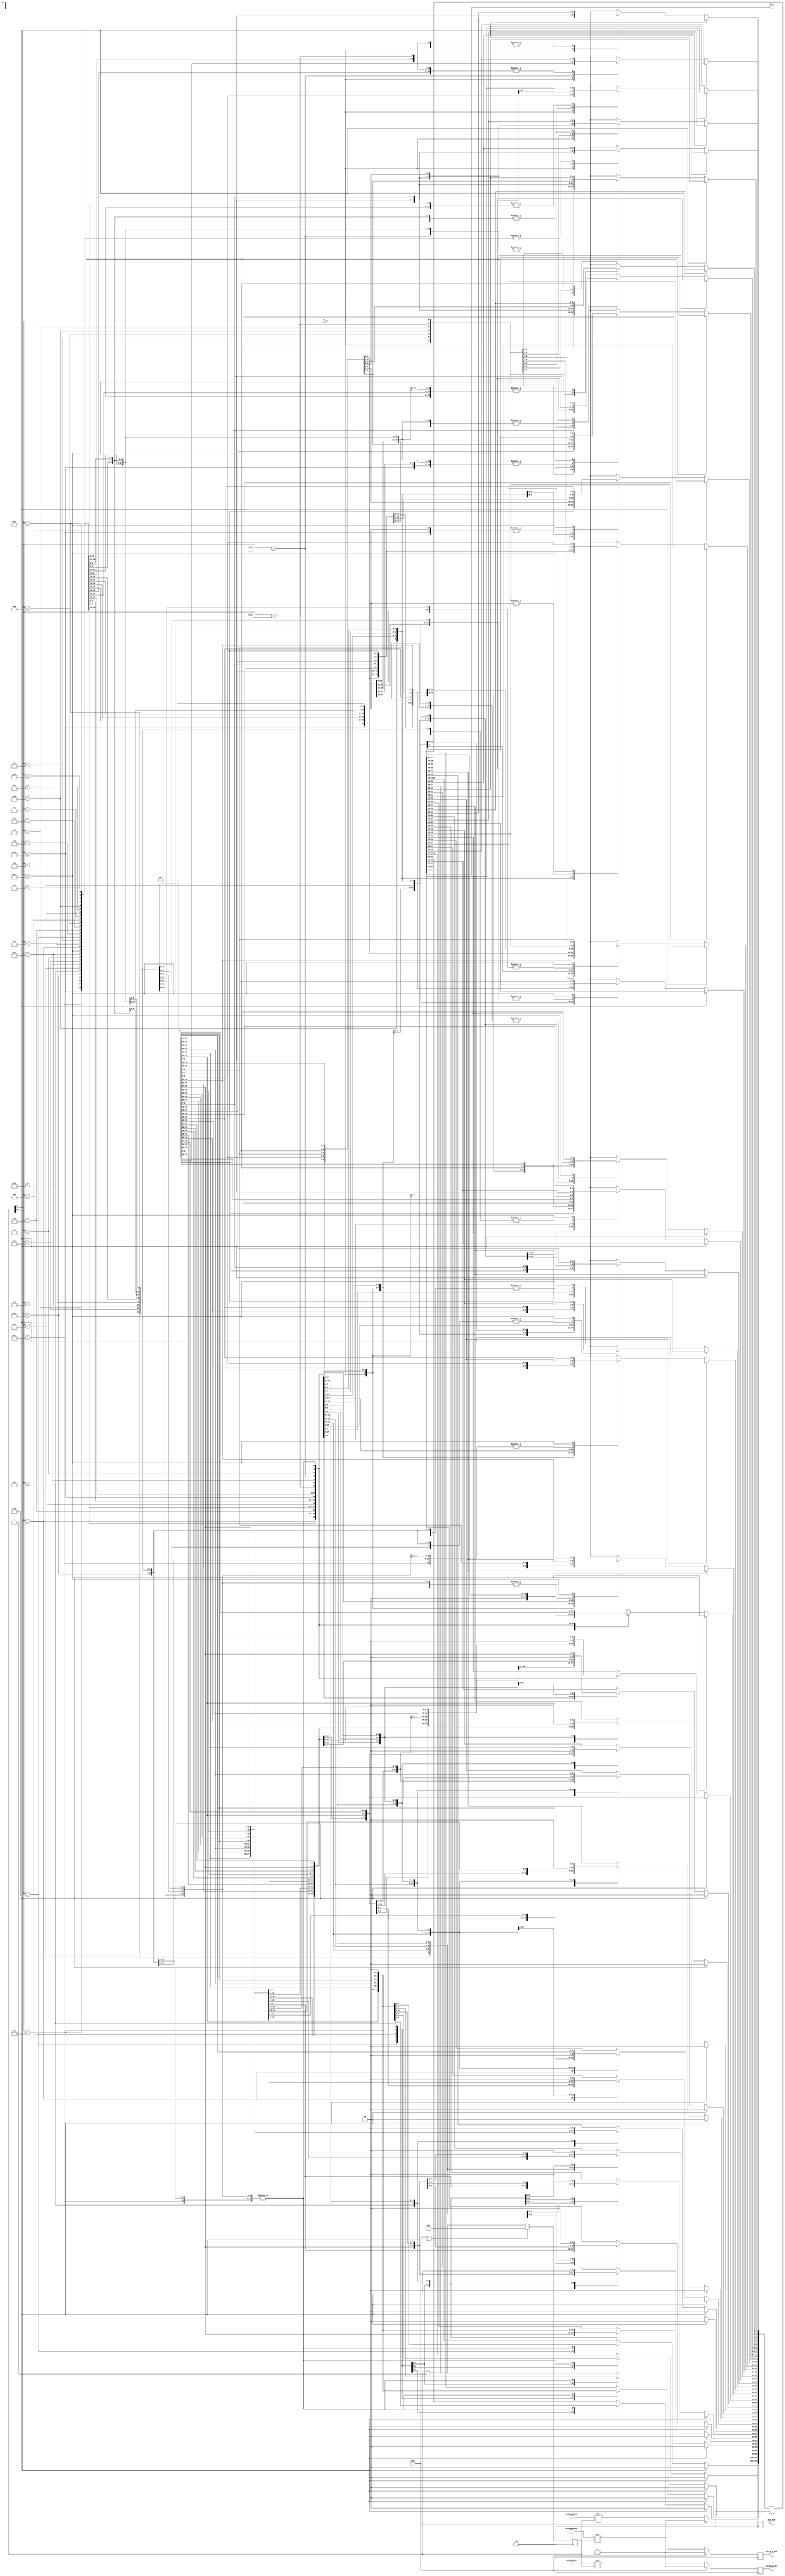
module gearbox_66_40 (
	input clk,
	input sclr,			
	input [65:0] din,     
	output reg din_ack,
	output reg din_pre_ack,
	output reg din_pre2_ack,
	output [39:0] dout	
);
reg [5:0] gbstate = 0 ;
reg [103:0] stor = 0 ;
assign dout = stor[39:0];
reg [65:0] din_r = 0;
always @(posedge clk) begin
	din_r <= din[65:0];
	gbstate <= (sclr | gbstate[5]) ? 6'h0 : (gbstate + 1'b1);
	if (gbstate[5]) begin 
		stor <= {40'h0,stor[103:40]};    
	end    
	else begin	
		case (gbstate[4:0])
			5'h0 : begin stor[65:0] <= din[65:0];  end   
			5'h1 : begin stor[91:26] <= din[65:0]; stor[25:0] <= stor[65:40];   end   
			5'h2 : begin stor <= {40'h0,stor[103:40]};  end   
			5'h3 : begin stor[77:12] <= din[65:0]; stor[11:0] <= stor[51:40];   end   
			5'h4 : begin stor[103:38] <= din[65:0]; stor[37:0] <= stor[77:40];   end   
			5'h5 : begin stor <= {40'h0,stor[103:40]};  end   
			5'h6 : begin stor[89:24] <= din[65:0]; stor[23:0] <= stor[63:40];   end   
			5'h7 : begin stor <= {40'h0,stor[103:40]};  end   
			5'h8 : begin stor[75:10] <= din[65:0]; stor[9:0] <= stor[49:40];   end   
			5'h9 : begin stor[101:36] <= din[65:0]; stor[35:0] <= stor[75:40];   end   
			5'ha : begin stor <= {40'h0,stor[103:40]};  end   
			5'hb : begin stor[87:22] <= din[65:0]; stor[21:0] <= stor[61:40];   end   
			5'hc : begin stor <= {40'h0,stor[103:40]};  end   
			5'hd : begin stor[73:8] <= din[65:0]; stor[7:0] <= stor[47:40];   end   
			5'he : begin stor[99:34] <= din[65:0]; stor[33:0] <= stor[73:40];   end   
			5'hf : begin stor <= {40'h0,stor[103:40]};  end   
			5'h10 : begin stor[85:20] <= din[65:0]; stor[19:0] <= stor[59:40];   end   
			5'h11 : begin stor <= {40'h0,stor[103:40]};  end   
			5'h12 : begin stor[71:6] <= din[65:0]; stor[5:0] <= stor[45:40];   end   
			5'h13 : begin stor[97:32] <= din[65:0]; stor[31:0] <= stor[71:40];   end   
			5'h14 : begin stor <= {40'h0,stor[103:40]};  end   
			5'h15 : begin stor[83:18] <= din[65:0]; stor[17:0] <= stor[57:40];   end   
			5'h16 : begin stor <= {40'h0,stor[103:40]};  end   
			5'h17 : begin stor[69:4] <= din[65:0]; stor[3:0] <= stor[43:40];   end   
			5'h18 : begin stor[95:30] <= din[65:0]; stor[29:0] <= stor[69:40];   end   
			5'h19 : begin stor <= {40'h0,stor[103:40]};  end   
			5'h1a : begin stor[81:16] <= din[65:0]; stor[15:0] <= stor[55:40];   end   
			5'h1b : begin stor <= {40'h0,stor[103:40]};  end   
			5'h1c : begin stor[67:2] <= din[65:0]; stor[1:0] <= stor[41:40];   end   
			5'h1d : begin stor[93:28] <= din[65:0]; stor[27:0] <= stor[67:40];   end   
			5'h1e : begin stor <= {40'h0,stor[103:40]};  end   
			5'h1f : begin stor[79:14] <= din[65:0]; stor[13:0] <= stor[53:40];   end   
		endcase
	end
end
wire [32:0] in_pattern = 33'b101011010110101101011010110101101;
always @(posedge clk) begin
	if (sclr) din_ack <= 1'b0;
	else din_ack <= (64'h0 | in_pattern) >> gbstate;
end
wire [32:0] in_pattern2 = 33'b110101101011010110101101011010110;
always @(posedge clk) begin
	if (sclr) din_pre_ack <= 1'b0;
	else din_pre_ack <= (64'h0 | in_pattern2) >> gbstate;
end
wire [32:0] in_pattern3 = 33'b011010110101101011010110101101011;
always @(posedge clk) begin
	if (sclr) din_pre2_ack <= 1'b0;
	else din_pre2_ack <= (64'h0 | in_pattern3) >> gbstate;
end
endmodule